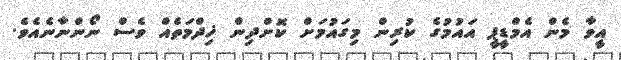
އީވާ މެން އެމްޑީޕީ އައުމުގެ ކުރިން މިގައުމަށް ކޮށްދިން ޚިދްމަތެއް ވެސް ނޯންނާނެއެވެ.